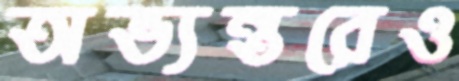
অভ্যন্তরেও